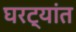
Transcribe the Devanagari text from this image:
घरट्यांत